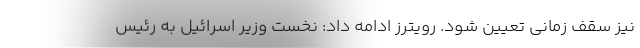
نیز سقف زمانی تعیین شود. رویترز ادامه داد: نخست وزیر اسرائیل به رئیس